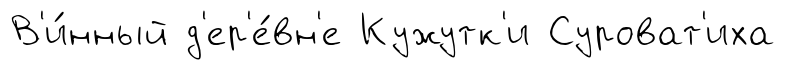
В'и́нный д'ер'е́вн'е Кужутк'и Суроват'иха